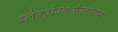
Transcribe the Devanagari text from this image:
इलेक्ट्रोएंकेफैलोग्राम